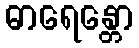
ဓာရေန္တော